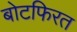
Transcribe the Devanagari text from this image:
बोटफिरत